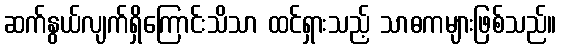
ဆက်နွယ်လျက်ရှိကြောင်းသိသာ ထင်ရှားသည့် သာဓကများဖြစ်သည်။